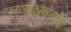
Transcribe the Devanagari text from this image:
ग्लायकोजेनमध्ये